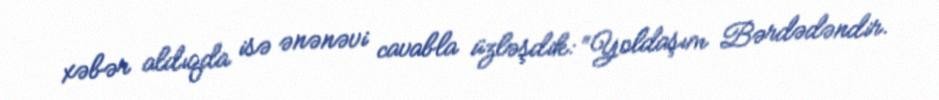
xəbər aldıqda isə ənənəvi cavabla üzləşdik: “Yoldaşım Bərdədəndir.